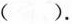
（）.